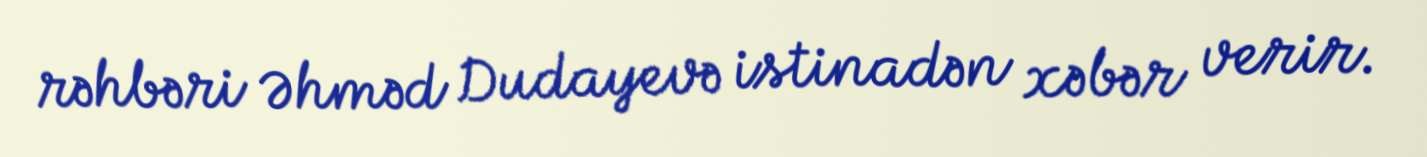
rəhbəri Əhməd Dudayevə istinadən xəbər verir.